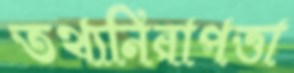
তথ্যনিরাপত্তা